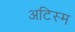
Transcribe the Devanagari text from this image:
अटिस्म